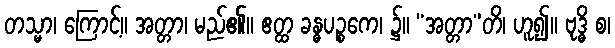
တသ္မာ၊ ကြောင့်။ အတ္တာ၊ မည်၏။ ဧတ္ထ ခန္ဓပဉ္စကေ၊ ၌။ “အတ္တာ”တိ၊ ဟူ၍။ ဗုဒ္ဓိ စ၊